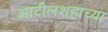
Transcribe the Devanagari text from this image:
आदीलशहाच्या